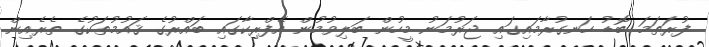
ފުރަތަމަ ބޮޑު ހަނގުރާމައިގައި ޖަރުމަނު މީހުން ބަލިވުމުން އެފްރިކާގައި ބައްރުގެ ޤައުމުތަކުގެ ތެރެއިން